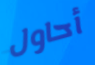
أحاول